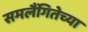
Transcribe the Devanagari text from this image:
समलैंगितेच्या